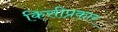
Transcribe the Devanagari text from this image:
किसीप्रकार